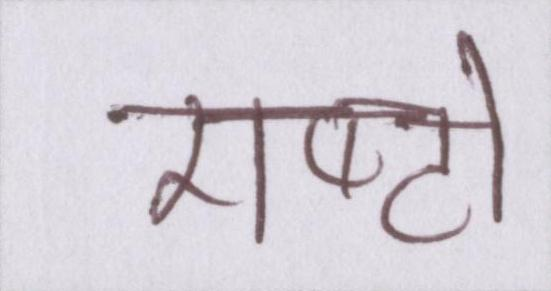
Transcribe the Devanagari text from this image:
राष्ट्रों